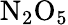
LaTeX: \mathrm{N}_{2}\mathrm{O}_{5}